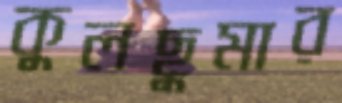
কুলছুমার